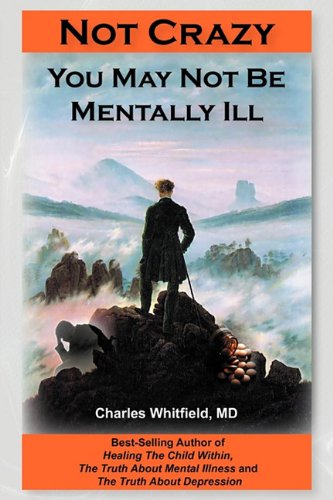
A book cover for Not Crazy: You May Not Be Mentally Ill; Charles L. Whitfield; Medical Books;